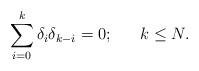
LaTeX: \begin{align*}\sum_{i=0}^{k} \delta_i \delta_{k-i} = 0 ; \ \ \ \ \ k \leq N.\end{align*}